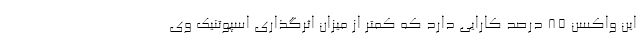
این واکسن ۸۵ درصد کارایی دارد که کمتر از میزان اثرگذاری اسپوتنیک وی